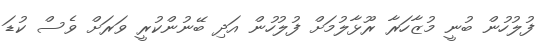
ފުލުހުން ބުނީ މުޒާހަރާ ރޫޅާލުމަށް ފުލުހުން އަދި ބޭނުންކުރީ ވަރަށް ވެސް ކުޑަ